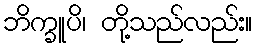
ဘိက္ခူပိ၊ တို့သည်လည်း။